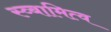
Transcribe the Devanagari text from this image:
स्व्बामित्व